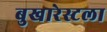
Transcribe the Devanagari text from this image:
बुखारेस्टला